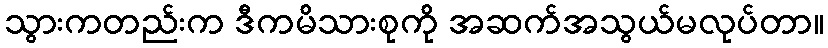
သွားကတည်းက ဒီကမိသားစုကို အဆက်အသွယ်မလုပ်တာ။